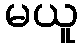
မယူ